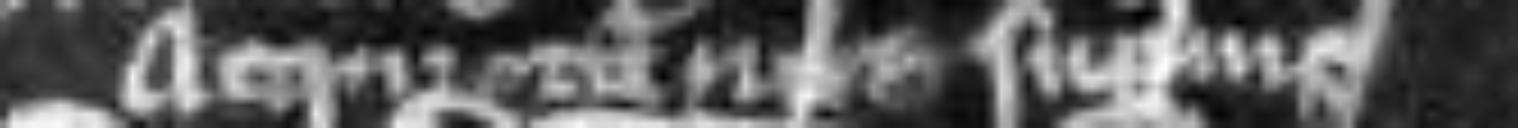
acquitancie superius